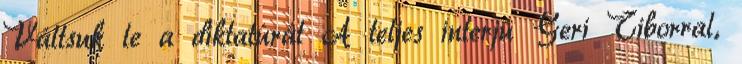
Váltsuk le a diktatúrát A teljes interjú Geri Tiborral,